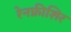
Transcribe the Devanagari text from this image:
रेनफ्रीशिर